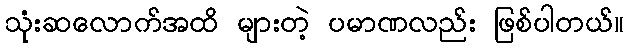
သုံးဆလောက်အထိ များတဲ့ ပမာဏလည်း ဖြစ်ပါတယ်။